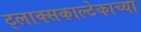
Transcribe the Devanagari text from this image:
ट्लाक्सकाल्टेकाच्या